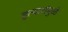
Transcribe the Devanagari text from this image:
हत्यारांमुळे